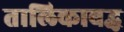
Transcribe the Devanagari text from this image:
तालिकाबद्ध